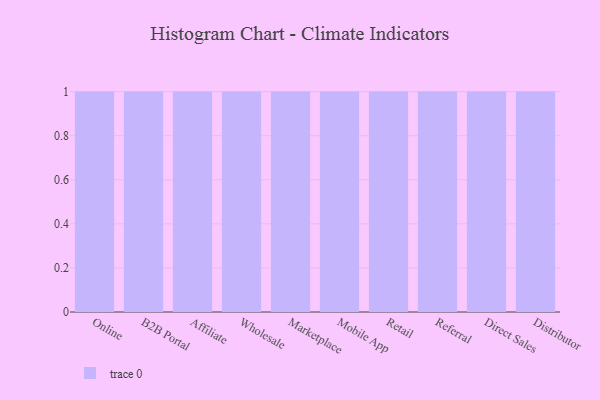
{"axis": {"x": "Channel", "y": "Customer Acquisition Cost (USD)"}, "legend": [""], "data": [{"x": "Online", "y": 7, "type": ""}, {"x": "B2B Portal", "y": 31, "type": ""}, {"x": "Affiliate", "y": 57, "type": ""}, {"x": "Wholesale", "y": 60, "type": ""}, {"x": "Marketplace", "y": 58, "type": ""}, {"x": "Mobile App", "y": 78, "type": ""}, {"x": "Retail", "y": 69, "type": ""}, {"x": "Referral", "y": 89, "type": ""}, {"x": "Direct Sales", "y": 88, "type": ""}, {"x": "Distributor", "y": 74, "type": ""}]}